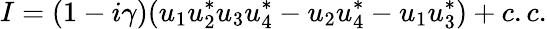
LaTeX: I=(1-i\gamma)(u_{1}u_{2}^{*}u_{3}u_{4}^{*}-u_{2}u_{4}^{*}-u_{1}u_{3}^{*})+c.c.